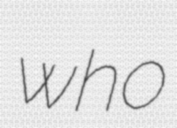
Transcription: who